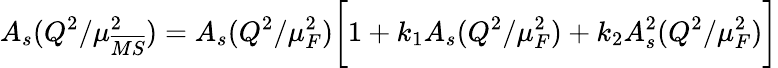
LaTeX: A_{s}(Q^{2}/\mu_{\overline{{{MS}}}}^{2})=A_{s}(Q^{2}/\mu_{F}^{2})\bigg[1+k_{1}A_{s}(Q^{2}/\mu_{F}^{2})+k_{2}A_{s}^{2}(Q^{2}/\mu_{F}^{2})\bigg]